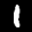
Label: 1